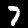
Label: 7